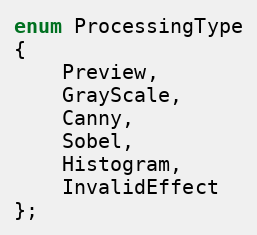
Language: C
enum ProcessingType
{
    Preview,
    GrayScale,
    Canny,
    Sobel,
    Histogram,
    InvalidEffect
};